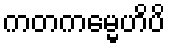
ကတကမ္မေဟိပိ